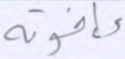
وإخوته